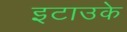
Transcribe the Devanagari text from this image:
इटाउके